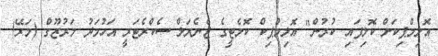
އޮލިމްޕިކަށް ކޮލިފައި ކުރުން" އޮލިމްޕިކް ކޮމެޓީގެ ޖެނެރަލް ސެކްރެޓަރީ އަހުމަދު މަރުޒޫގް (މަރޭ)